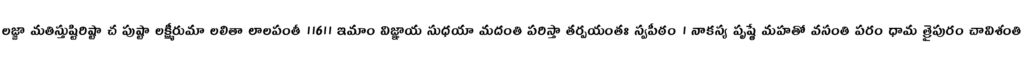
లజ్జా మతిస్తుష్టిరిష్టా చ పుష్టా లక్ష్మీరుమా లలితా లాలపంతీ ॥6॥ ఇమాం విజ్ఞాయ సుధయా మదంతి పరిస్తా తర్పయంతః స్వపీఠం । నాకస్య పృష్ఠే మహతో వసంతి పరం ధామ త్రైపురం చావిశంతి